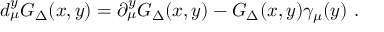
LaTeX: d _ { \mu } ^ { y } G _ { \Delta } ( x , y ) = \partial _ { \mu } ^ { y } G _ { \Delta } ( x , y ) - G _ { \Delta } ( x , y ) \gamma _ { \mu } ( y ) ~ .